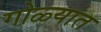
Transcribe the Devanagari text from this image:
गोळ्यात